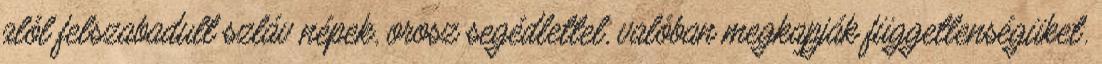
alól felszabadult szláv népek, orosz segédlettel, valóban megkapják függetlenségüket.